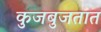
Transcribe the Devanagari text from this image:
कुजबुजतात